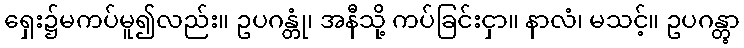
ရှေး၌မကပ်မူ၍လည်း။ ဥပဂန္တုံ၊ အနီသို့ ကပ်ခြင်းငှာ။ နာလံ၊ မသင့်။ ဥပဂန္တွာ